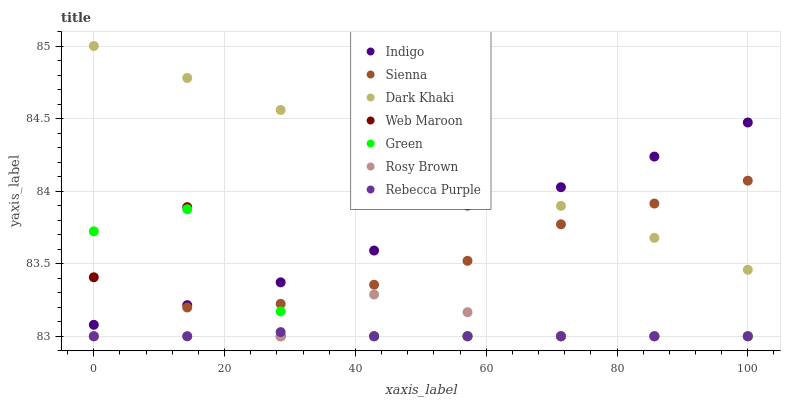
| xaxis_label | Indigo | Sienna | Dark Khaki | Web Maroon | Green | Rosy Brown | Rebecca Purple |
 | --- | --- | --- | --- | --- | --- | --- | --- |
 | 0 | 83.1 | 83 | 85 | 83.4 | 83.7 | 83 | 83 |
 | 14.3 | 83.2 | 83.2 | 84.8 | 83.9 | 83.9 | 83 | 83 |
 | 28.6 | 83.4 | 83.2 | 84.6 | 83 | 83.2 | 83 | 83 |
 | 42.9 | 83.6 | 83.4 | 84.3 | 83 | 83 | 83.3 | 83 |
 | 57.1 | 83.9 | 83.5 | 84.1 | 83 | 83 | 83.2 | 83 |
 | 71.4 | 84 | 83.8 | 83.9 | 83 | 83 | 83 | 83 |
 | 85.7 | 84.2 | 83.9 | 83.7 | 83 | 83 | 83 | 83 |
 | 100 | 84.5 | 84.1 | 83.5 | 83 | 83 | 83 | 83 |